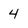
Character: 4